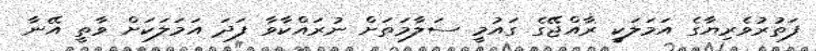
ފަތުރުވެރިޔާގެ އަމަލަކީ ރާއްޖޭގެ ގައުމީ ސަލާމަތަށް ނުރައްކާވާ ފަދަ އަމަލަކަށް ވާތީ އޭނާ